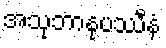
အသုဘာနုပဿီနံ